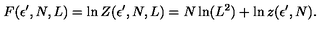
F ( \epsilon ^ { \prime } , N , L ) = \ln Z ( \epsilon ^ { \prime } , N , L ) = N \ln ( L ^ { 2 } ) + \ln z ( \epsilon ^ { \prime } , N ) .